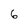
Character: 6